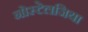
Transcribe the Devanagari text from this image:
नोस्‍टेलजिया